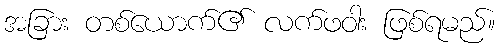
အခြား တစ်ယောက်၏ လက်ဖဝါး ဖြစ်ရမည်။